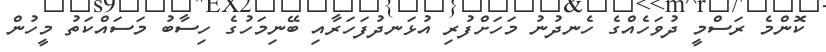
ކޮންމެ ރަސްމީ ދުވަހެއްގެ ހެނދުނު މަހަށްފުރި އުޅަނދުފަހަރާއި ބޭނިމަހުގެ ހިސާބު މަސައްކަތު މީހުން